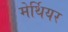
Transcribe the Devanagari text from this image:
मेर्थियर